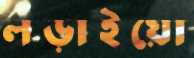
লড়াইয়ো